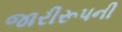
જારીરૂપની